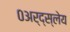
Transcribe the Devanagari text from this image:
०अर्द्स्लेय